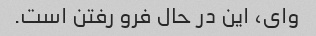
وای، این در حال فرو رفتن است.